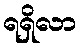
ရရှိလာ